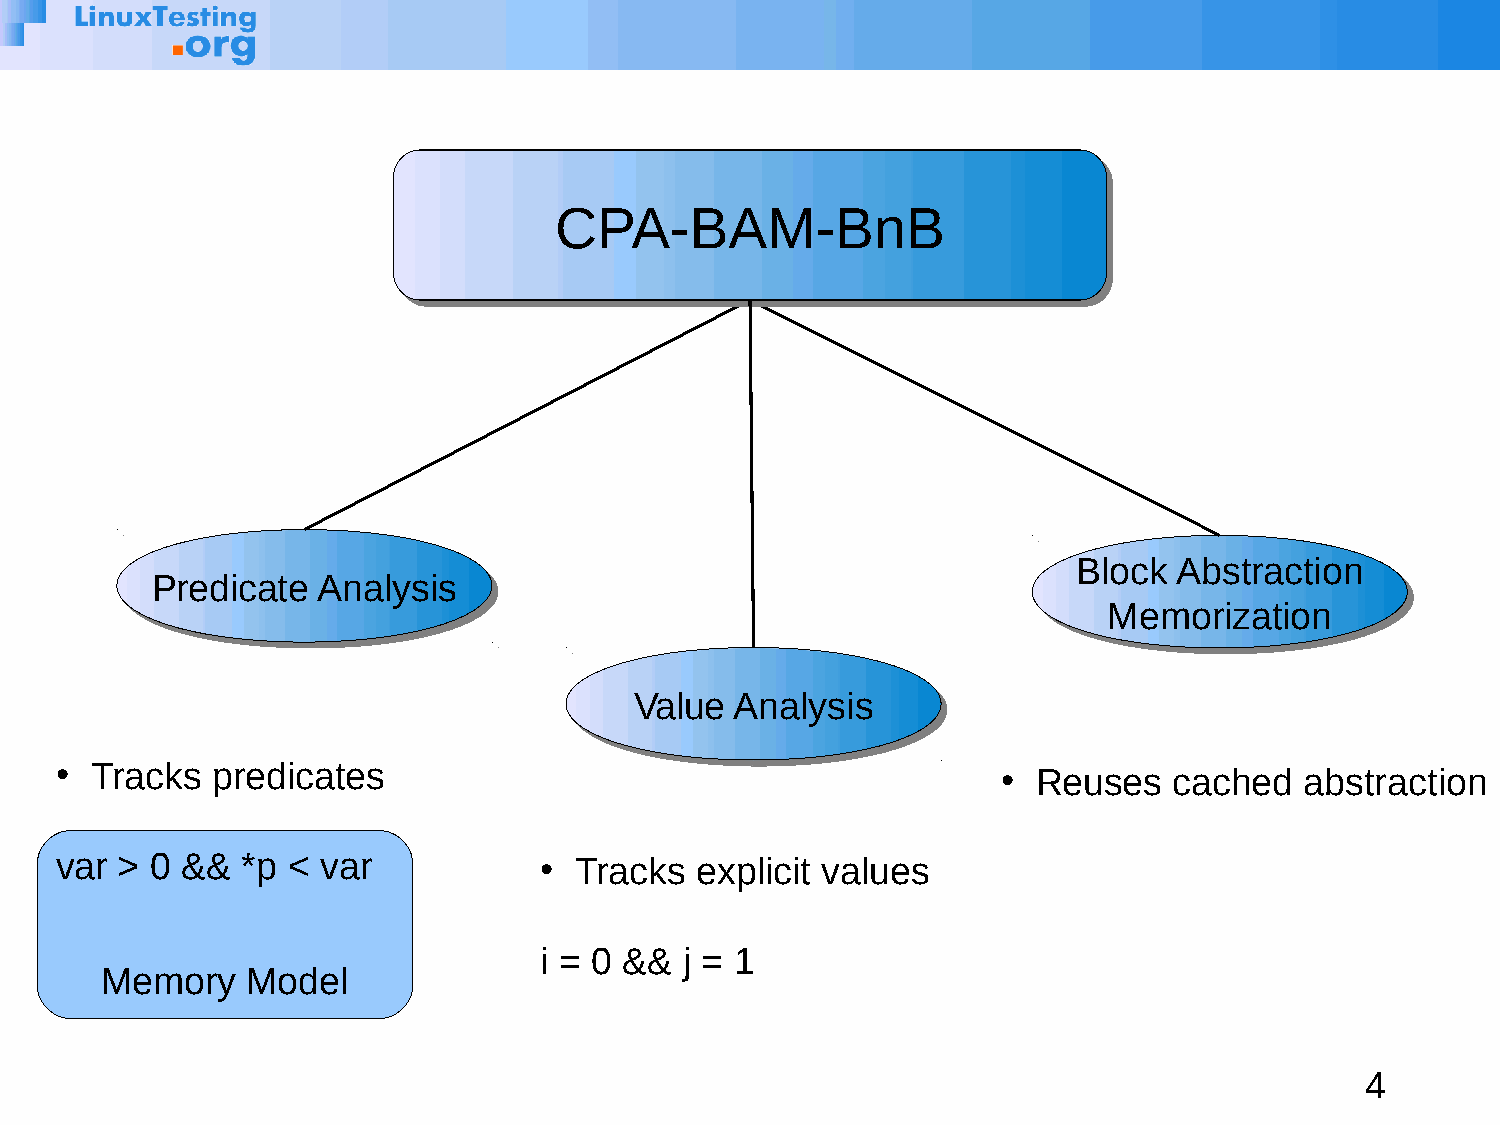
CCPPAA--BBAAMM--BBnnBB
 BBlloocckk AAbbssttrraaccttiioonn
 PPrreeddiiccaattee AAnnaallyyssiiss
 MMeemmoorriizzaattiioonn
 VVaalluuee AAnnaallyyssiiss
 ● Tracks  predicates                                          ●  Reuses   cached  abstraction
 var > 0 &&  *p < var            ● Tracks  explicit values
 i = 0 && j = 1
 Memory   Model
 4